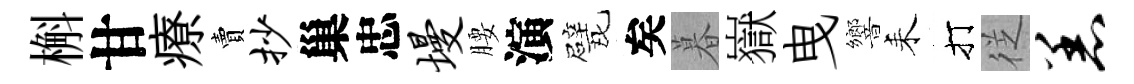
槲甘療賣抄巢忠墁腰演戏矣暮嶽曳響耒打徔恙